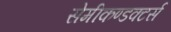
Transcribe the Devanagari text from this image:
सेमीकण्डक्टर्स